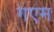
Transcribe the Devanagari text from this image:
गएम